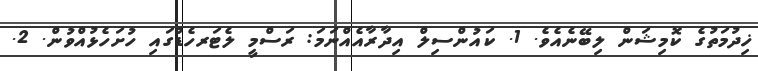
ޚިދުމަތުގެ ކޮމިޝަން ލިބޭނެއެވެ. 1. ކައުންސިލް އިދާރާއެއްނަމަ: ރަސްމީ ލެޓަރހެޑްގައި ހުށަހެޅުއްވުން. 2.